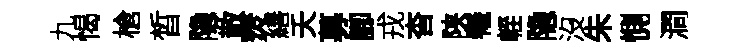
九愒槍晳隐散燹繕夭募腳戎杳陕犧輊隐沒朱惻澗